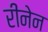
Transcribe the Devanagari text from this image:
रीनेन